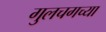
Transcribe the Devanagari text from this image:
गुलचगच्या